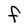
Character: F